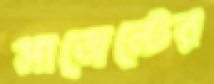
সাজেন্টের